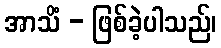
အာသိံ - ဖြစ်ခဲ့ပါသည်၊